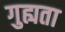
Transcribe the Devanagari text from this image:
गुह्यता